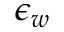
\epsilon _ { w }